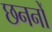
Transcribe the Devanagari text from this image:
छननों